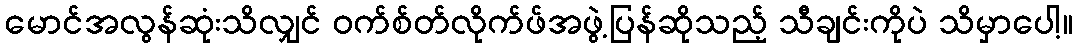
မောင်အလွန်ဆုံးသိလျှင် ဝက်စ်တ်လိုက်ဖ်အဖွဲ့ပြန်ဆိုသည့် သီချင်းကိုပဲ သိမှာပေါ့။